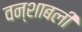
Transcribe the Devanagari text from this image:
वन्शाबली